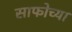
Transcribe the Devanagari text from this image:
साफोच्या